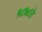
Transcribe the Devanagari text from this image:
१८७८ते